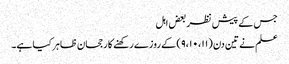
جس کے پیش نظر بعض اہل
علم نے تین دن (۹،۱۰،۱۱) کے روزے رکھنے کا رجحان ظاہر کیا ہے۔